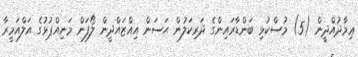
ޢިމާދުއްދީން (5) މުސްކުޅި ބަންޑާރައިންގެ ދަރިކަލުން ޙަސަން އިއްޒައްދީން ލޯފަން މަނިއްޕުޅުގެ އަލްއަމީރާ